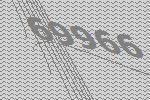
69966